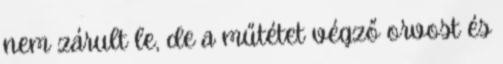
nem zárult le, de a műtétet végző orvost és